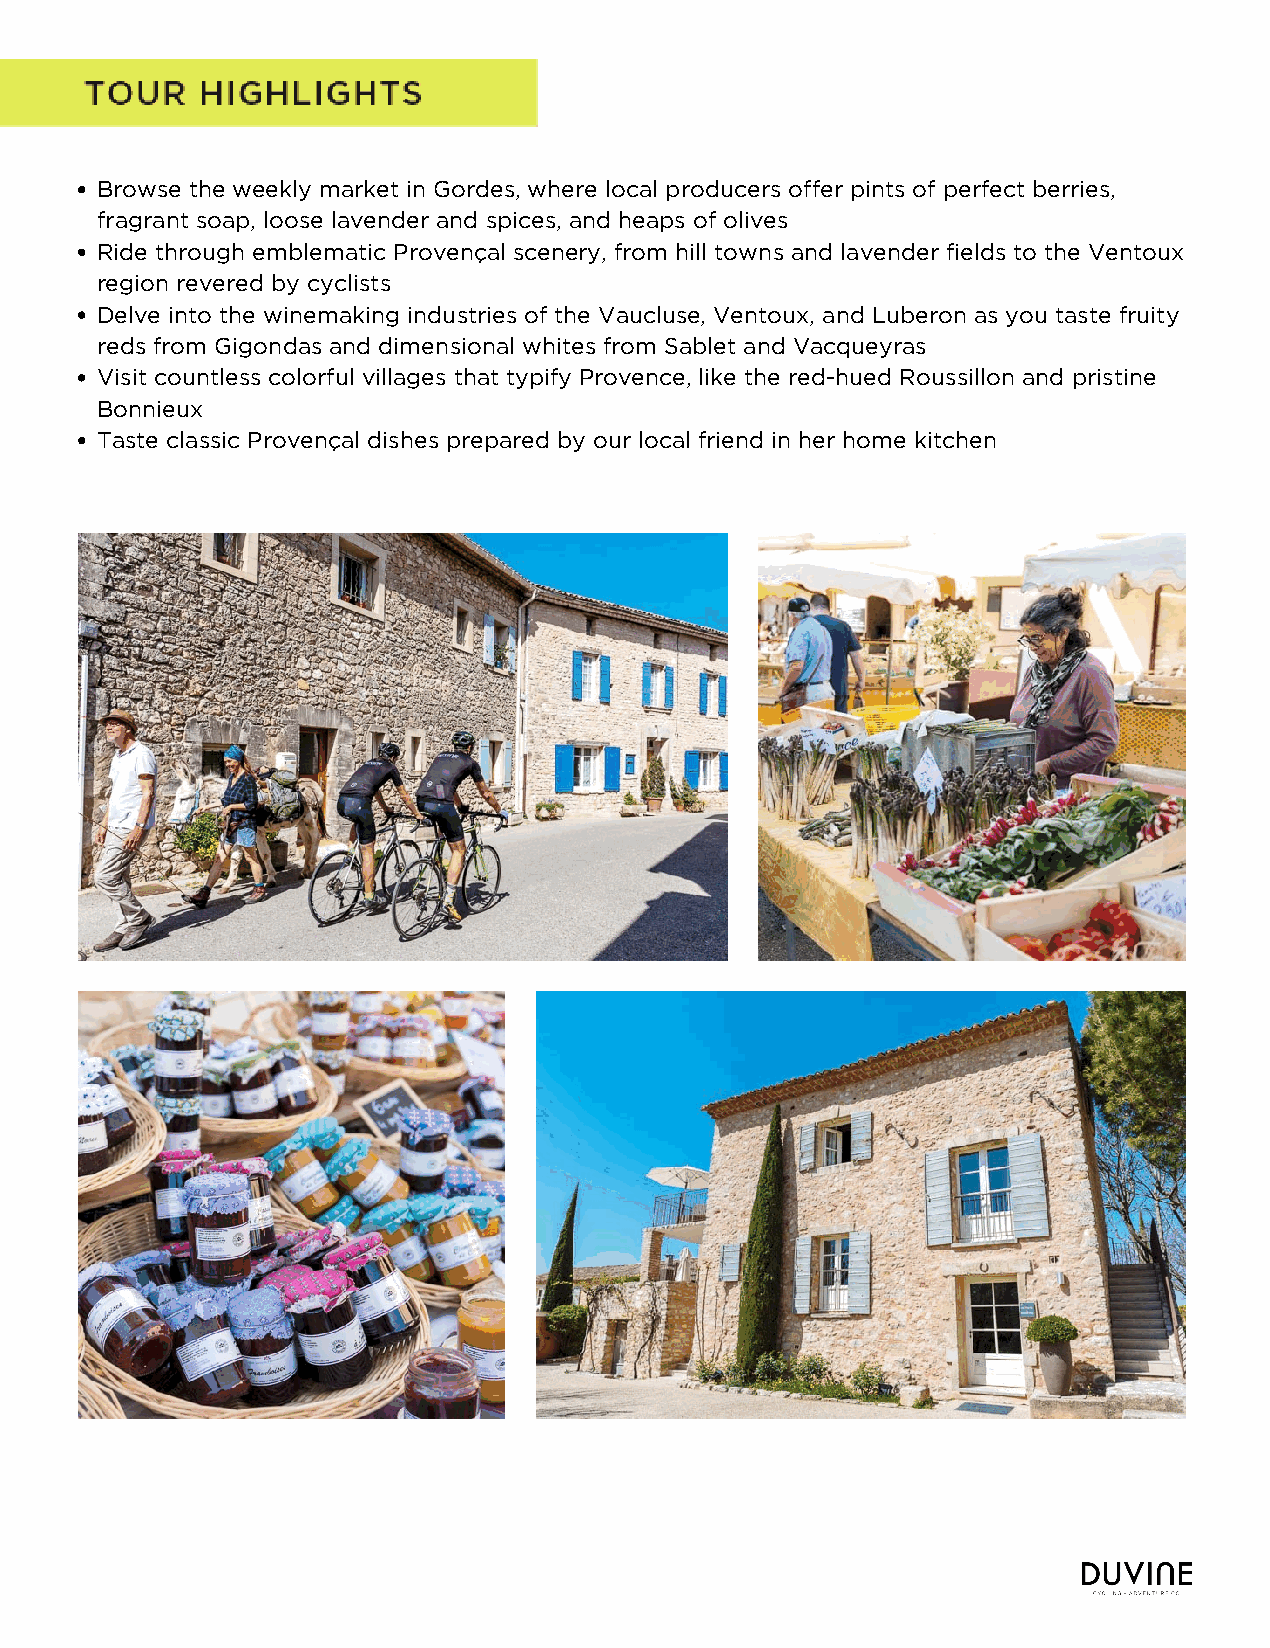
Browse the weekly market in Gordes, where local producers offer pints of perfect berries,
 fragrant soap, loose lavender and spices, and heaps of olives
 Ride through emblematic Provençal scenery, from hill towns and lavender fields to the Ventoux
 region revered by cyclists
 Delve into the winemaking industries of the Vaucluse, Ventoux, and Luberon as you taste fruity
 reds from Gigondas and dimensional whites from Sablet and Vacqueyras
 Visit countless colorful villages that typify Provence, like the red-hued Roussillon and pristine
 Bonnieux
 Taste classic Provençal dishes prepared by our local friend in her home kitchen